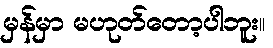
မှန်မှာ မဟုတ်တော့ပါဘူး။